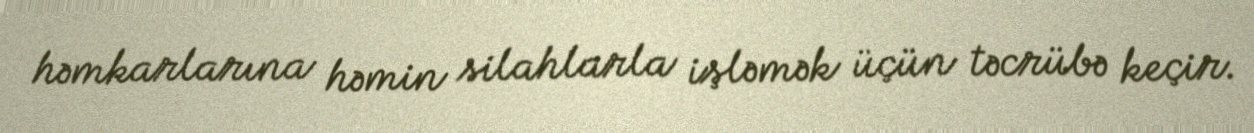
həmkarlarına həmin silahlarla işləmək üçün təcrübə keçir.